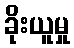
ခိုးယူမှု